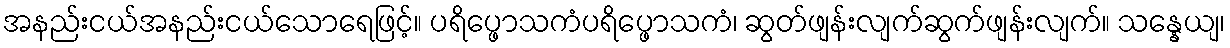
အနည်းငယ်အနည်းငယ်သောရေဖြင့်။ ပရိပ္ဖောသကံပရိပ္ဖောသကံ၊ ဆွတ်ဖျန်းလျက်ဆွက်ဖျန်းလျက်။ သန္နေယျ၊